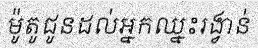
ម៉ូតូជូនដល់អ្នកឈ្នះរង្វាន់